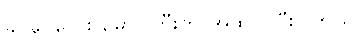
ခင်ခင်လေး မောင်ကြီးကို အထင်ကြီးပါတယ်